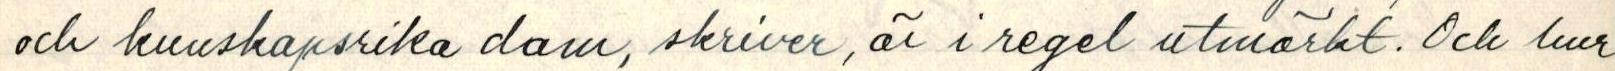
och kunskapsrika dam, skriver, är i regel utmärkt. Och hur